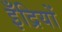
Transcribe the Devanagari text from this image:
इँद्रियों